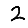
Digit: 2